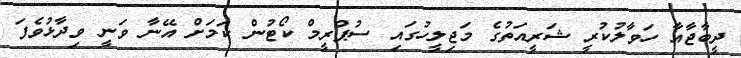
ދީބާޖާއާ ހަވާލުކުރީ ޝަރީއަތުގެ މަޖިލީހުގައި ސުޕްރީމް ކޯޓުން ކަމަށް އޭނާ ވަނީ ވިދާޅުވެފަ